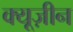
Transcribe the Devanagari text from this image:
क्यूज़ीन